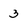
Character: 3